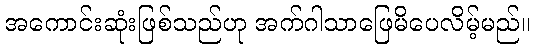
အကောင်းဆုံးဖြစ်သည်ဟု အက်ဂါသာဖြေမိပေလိမ့်မည်။